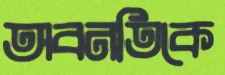
অবনতিকে